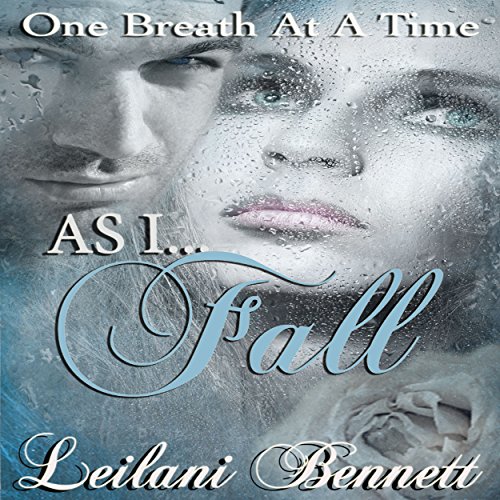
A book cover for As I Fall: One Breath at a Time, Book 3; Leilani Bennett; Romance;